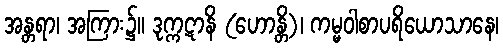
အန္တရာ၊ အကြား၌။ ဒုက္ကဋာနိ (ဟောန္တိ)၊ ကမ္မဝါစာပရိယောသာနေ၊